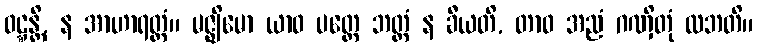
ဝဋ္ဋန္တိ, န အာဟာရတ္ထံ။ မဇ္ဈိမော ယာဝ ပတ္တေ ဘတ္တံ န ခီယတိ, တာဝ အညံ ဂဏှိတုံ လဘတိ။